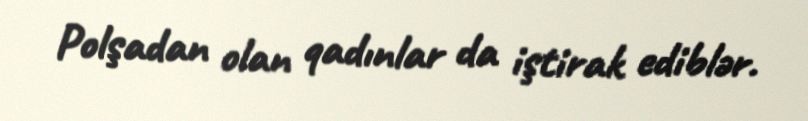
Polşadan olan qadınlar da iştirak ediblər.